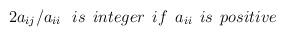
\begin{align*}2a_{ij}/a_{ii} \:\:\: is \:\: integer \:\: if \:\: a_{ii}\:\: is \:\: positive\end{align*}